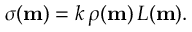
\begin{array} { r } { \sigma ( \mathbf { m } ) = k \, \rho ( \mathbf { m } ) \, L ( \mathbf { m } ) . } \end{array}